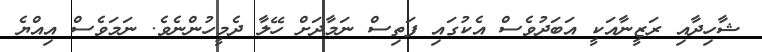
ޝާހިދާއި ރަޒީނާއަކީ އަބަދުވެސް އެކުގައި ފަތިސް ނަމާދަށް ހޭލާ ދެމީހުންނެވެ. ނަމަވެސް އިއްޔެ